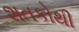
શતકોથી